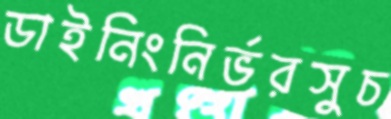
ডাইনিংনির্ভরসুচ